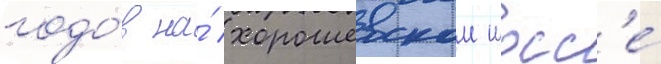
годо́в на́ хорошевском шосс'е́